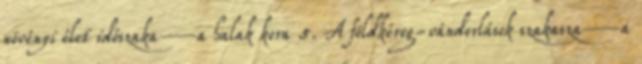
növényi élet időszaka—a halak kora 5. A földkéreg-vándorlások szakasza—a